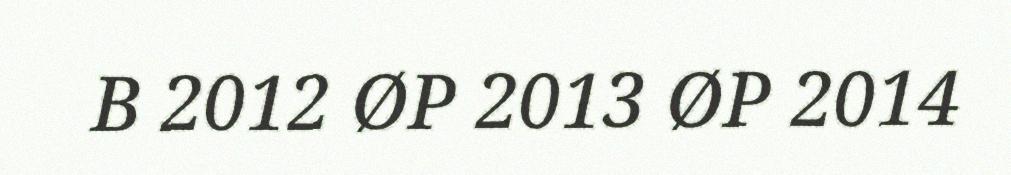
B 2012 ØP 2013 ØP 2014